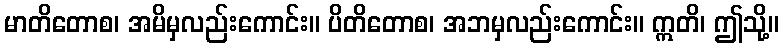
မာတိတောစ၊ အမိမှလည်းကောင်း။ ပိတိတောစ၊ အဘမှလည်းကောင်း။ ဣတိ၊ ဤသို့။